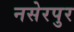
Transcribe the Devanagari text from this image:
नसेरपुर